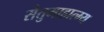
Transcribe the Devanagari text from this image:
सेतुमाहात्म्य